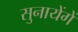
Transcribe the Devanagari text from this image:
सुनायेंगें